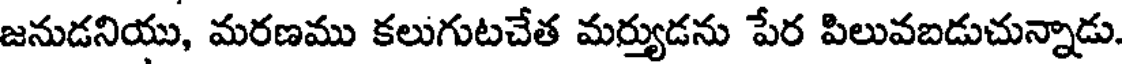
జనుడనియు, మరణము కలుగుటచేత మర్యుడను పేర పిలువబడుచున్నాడు